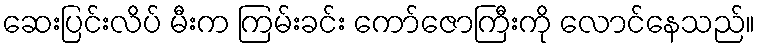
ဆေးပြင်းလိပ် မီးက ကြမ်းခင်း ကော်ဇောကြီးကို လောင်နေသည်။